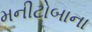
મનીટોબાના